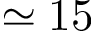
\simeq 1 5